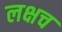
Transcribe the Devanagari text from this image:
लक्षच